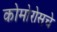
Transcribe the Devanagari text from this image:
कोमोरोसचे